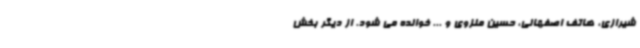
شیرازی، هاتف اصفهانی، حسین منزوی و ... خوانده می شود. از دیگر بخش